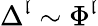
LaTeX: \Delta^{\mathfrak{l}}\sim\Phi^{\mathfrak{l}}